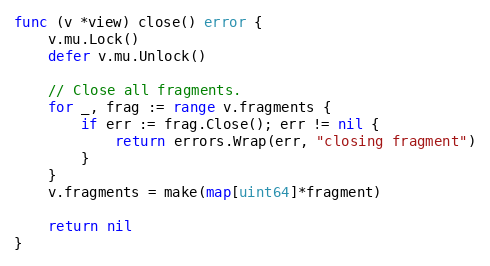
Language: Go
func (v *view) close() error {
	v.mu.Lock()
	defer v.mu.Unlock()

	// Close all fragments.
	for _, frag := range v.fragments {
		if err := frag.Close(); err != nil {
			return errors.Wrap(err, "closing fragment")
		}
	}
	v.fragments = make(map[uint64]*fragment)

	return nil
}